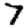
Digit: 7